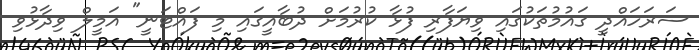
ސަރަހައްދީ ގައުމުތަކުގައި ވިޔަފާރި ފުޅާ ކުރުމަށް ދުބާއީގައި މި ފައްޓަނީ" އަމީލް ވިދާޅުވި